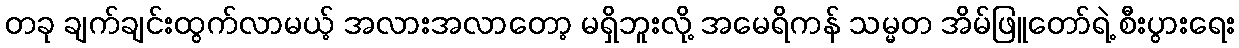
တခု ချက်ချင်းထွက်လာမယ့် အလားအလာတော့ မရှိဘူးလို့ အမေရိကန် သမ္မတ အိမ်ဖြူတော်ရဲ့ စီးပွားရေး